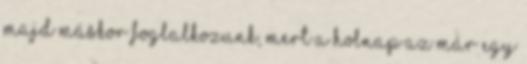
majd máskor foglalkozunk, mert a holnap az már egy